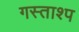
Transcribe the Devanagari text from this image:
गस्ताश्प